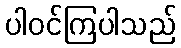
ပါဝင်ကြပါသည်